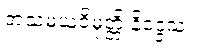
အသမယဝိမုတ္တိ နိဒ္ဒေသ။